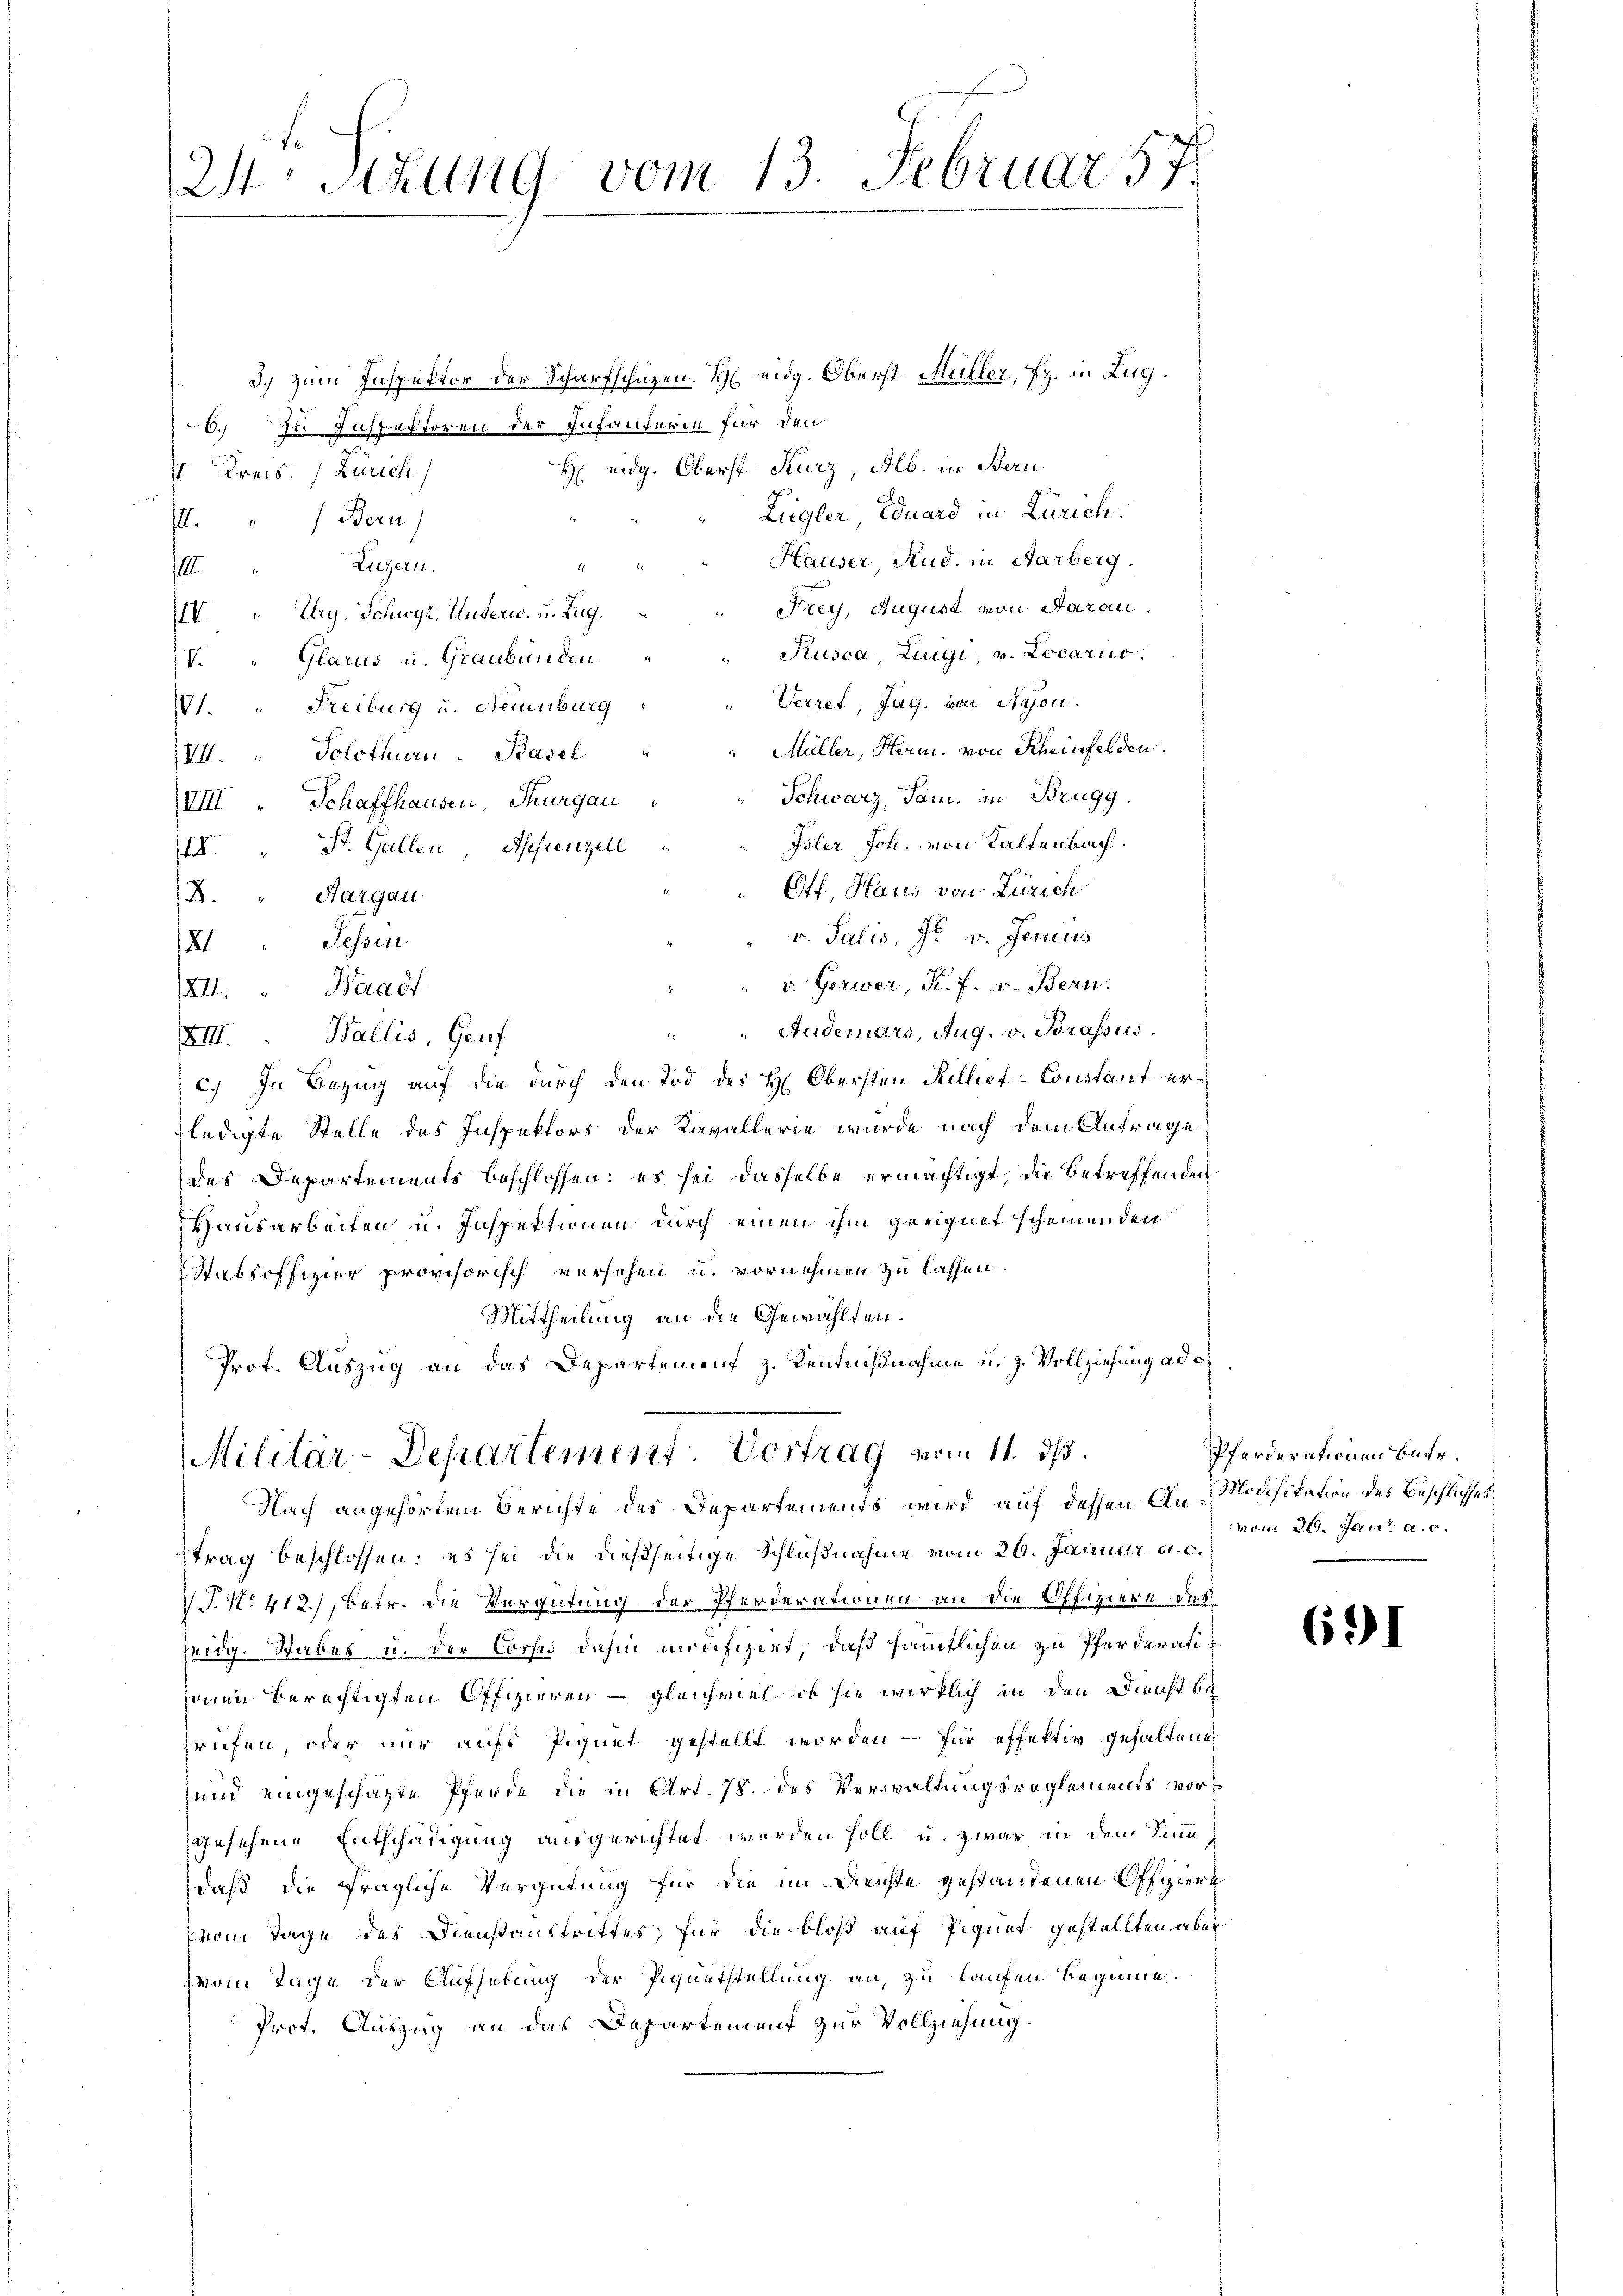
2ten Sizung vom 13. Februar 57.

3.) Zum Inspektor der Scharfschüzen. H. eidg. Oberst Müller, Fr. in Zug.
6.) zu Inspektoren der Infanterin für den
H eidg. Oberst Kurz, Alb. in Bern
I Kreis. (Zürich
Liegler, Eduard in Zürich.
I. " Bern)
Hauser, Rud. in Aarberg.
Luzern.
IIII
Frey, August von Aarau
IV " Ury, Schwyz, Unterw. u. Zug,
Rusca, Lugi, v. Locario.
IV. " Glarus u. Graubünden
Verret, Jag. von Nyon.
V1. " Freiburg u. Neuenburg
Müller, Herm. von Rheinfelden.
IIII. „ Solothurn. Basel
Schwarz, Sam. in Brugg.
VIII " Schaffhausen, Thurgau
Isler Joh. von Kaltenbach.
IX " St. Gallen, Appenzell
Off. Haus von Zürich
2. " Aargau
v. Salis, Fr. v. Jenius
Fessen
XI
v. Gerwer, P. F. v. Bern.
XII. Waadt
Auderars, Aug. v. Brassus.
2
XIII. Wallis, Genf
c. In Bezug auf die durch den Tod des H. Obersten Hillier-Constant erzledigte Stelle des Inspektors der Kavallerie wurde nach dem Antrage
des Departements beschlossen: es sei dasselbe ermächtigt, die betreffenden
Hausarbeiten u. Inspektionen durch einen ihm geeignet scheinenden
Stabsoffizier provisorisch versehen u. vornehmen zu lassen.
Mittheilung an die Gewählten.
Prof. Auszug an das Departement z. Kenntnißnahme u. z. Vollziehung ad c.

Militär-Departement. Vortrag vom 11. ds.
Nach angehörtem Berichte des Departements wird auf dessen An-Modifikation des Beschlusses

trag beschlossen: es sei die dießseitige Schlußnahme vom 26. Januar a. c.
 P. Nr. 412), betr. die Vergütung der Pferderationen an die Offiziere des
Zeidg. Saber u. der Corps dahin modifizirt, daß sämmtlichen zu Pferderatijenen berechtigten Offizieren – gleichviel, ob sie wirklich in den Dienst beprüfen, oder nur aufs Piquet gestellt worden – für effektiv gehaltene
 und eingeschäzte Pferde die in Art. 78. des Verwaltungsreglements vorgesehene Entschädigung ausgerichtet worden soll u. zwar in dem Sinn
daß die fragliche Vergütung für die im Rechte gestandenen Offziert
(vom Tage des Dienstaustrittes, für die bloß auf Piquer gestellten aber
vom Tage der Aufhebung der Pigentstellung an, zu laufen beginne.
Prof. Auszug an das Departement zur Vollziehung.

Pferderationen betr.
vom 20. Jan. a. c.

691